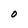
Character: O